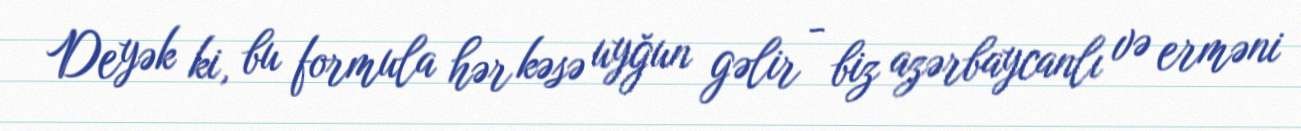
Deyək ki, bu formula hər kəsə uyğun gəlir - biz azərbaycanlı və erməni